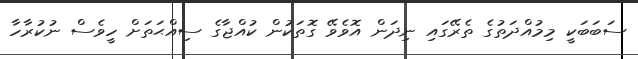
ސަބަބަކީ މިމުއްދަތުގެ ތެރޭގައި ނިދަން އޮވެވޭ ގޮތަކުން ކުއްޖާގެ ސިއްޙަތަށް ހީވެސް ނުކުރާހާ